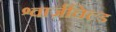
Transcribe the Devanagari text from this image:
श्वार्ज़चिल्ड